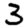
Digit: 3